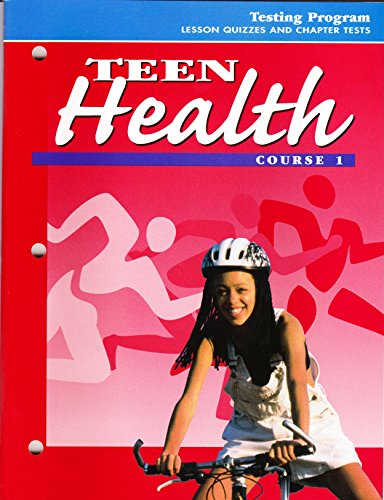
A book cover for Teen Health [Course 1]: Testing Program (Lesson Quizzes and Chapter Tests); Health, Fitness & Dieting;